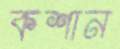
কশান